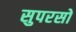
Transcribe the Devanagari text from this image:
सुपरसो